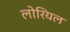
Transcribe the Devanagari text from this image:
लोरियल